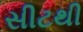
સીટથી